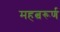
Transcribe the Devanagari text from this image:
महत्वरूर्ण